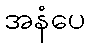
အနံပေ